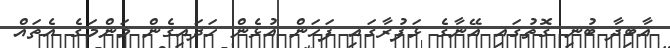
އާބިދާ ބުނި ގޮތުގައި އޭނާގެ ޅަފުރާގައި ފަހަން އުޅެން ހަދައިގެން މަންމަގެ އެތައް